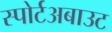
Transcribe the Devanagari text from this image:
स्पोर्टअबाउट